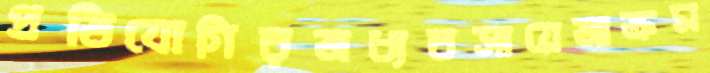
প্রতিযোগিরঅধ্যবসায়েআক্রম